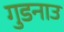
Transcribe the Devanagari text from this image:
गुडनाउ